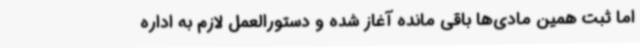
اما ثبت همین مادی‌ها باقی مانده آغاز شده و دستورالعمل لازم به اداره